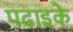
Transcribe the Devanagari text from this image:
पढाइके